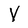
Character: V